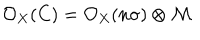
{ \cal { O } } _ { X } ( C ) = { \cal { O } } _ { X } ( n \sigma ) \otimes { \cal { M } }